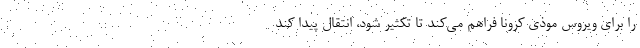
را برای ویروس موذی کرونا فراهم می‌کند تا تکثیر شود، انتقال پیدا کند